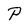
Character: P